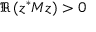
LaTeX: \Re \left( z ^ { * } M z \right) > 0